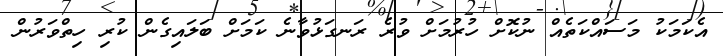
އެކަމަކު މަސައްކަތެއް ނުކޮށް ހުރުމަށް ވުރެ ރަނގަޅުވާނެ ކަމަށް ބަލައިގެން ކުރި ހިތްވަރުން